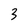
Character: 3